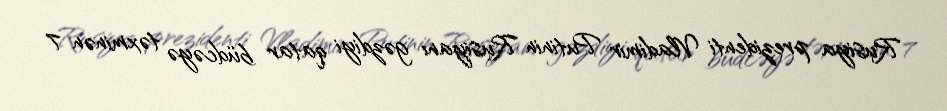
Rusiya prezidenti Vladimir Putinin Rusiyanı gəzdiyi qatar büdcəyə təxminən 7